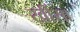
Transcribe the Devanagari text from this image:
खींसा